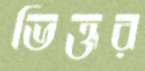
ভিক্তর